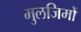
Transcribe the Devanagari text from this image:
मुलजिमों